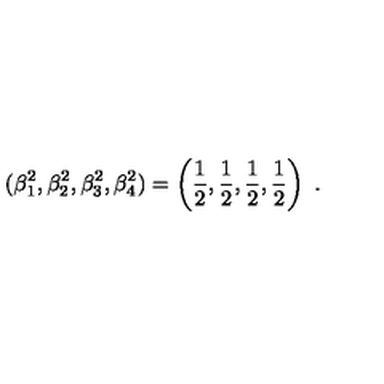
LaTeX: ( \beta _ { 1 } ^ { 2 } , \beta _ { 2 } ^ { 2 } , \beta _ { 3 } ^ { 2 } , \beta _ { 4 } ^ { 2 } ) = \left( \frac { 1 } { 2 } , \frac { 1 } { 2 } , \frac { 1 } { 2 } , \frac { 1 } { 2 } \right) \ .